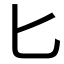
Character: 匕